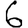
Digit: 6